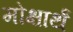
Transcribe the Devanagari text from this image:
मोक्षार्थं